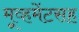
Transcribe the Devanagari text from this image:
मूव्हमेंटसह